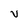
Character: V